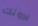
يرونك